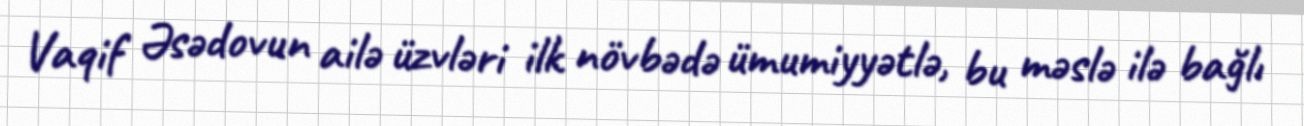
Vaqif Əsədovun ailə üzvləri ilk növbədə ümumiyyətlə, bu məslə ilə bağlı